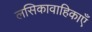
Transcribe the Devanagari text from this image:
लसिकावाहिकाएँ